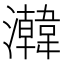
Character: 𬉧